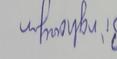
Signature authenticity: forged